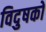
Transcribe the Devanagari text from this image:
विदुषकों